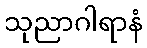
သုညာဂါရာနံ